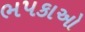
ભપકાઓ